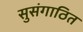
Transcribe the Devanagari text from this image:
सुसंगाठित